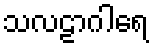
သလဠာဂါရေ